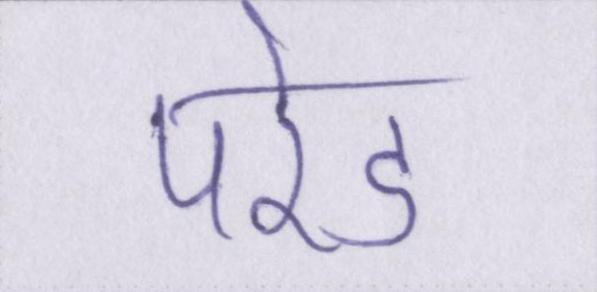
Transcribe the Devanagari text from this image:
परेड